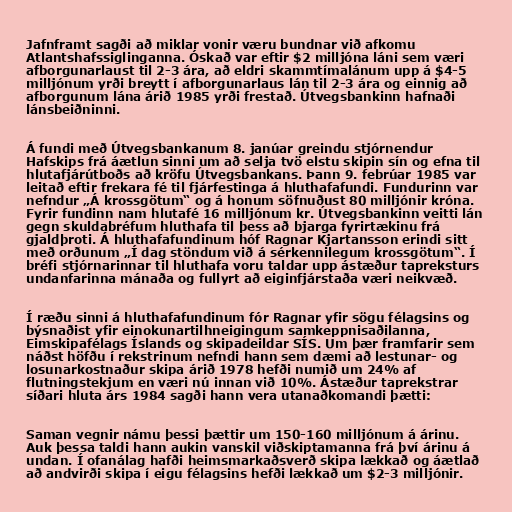
Jafnframt sagði að miklar vonir væru bundnar við afkomu
Atlantshafssiglinganna. Óskað var eftir $2 milljóna láni sem væri
afborgunarlaust til 2-3 ára, að eldri skammtímalánum upp á $4-5
milljónum yrði breytt í afborgunarlaus lán til 2-3 ára og einnig að
afborgunum lána árið 1985 yrði frestað. Útvegsbankinn hafnaði
lánsbeiðninni.

Á fundi með Útvegsbankanum 8. janúar greindu stjórnendur
Hafskips frá áætlun sinni um að selja tvö elstu skipin sín og efna til
hlutafjárútboðs að kröfu Útvegsbankans. Þann 9. febrúar 1985 var
leitað eftir frekara fé til fjárfestinga á hluthafafundi. Fundurinn var
nefndur „Á krossgötum“ og á honum söfnuðust 80 milljónir króna.
Fyrir fundinn nam hlutafé 16 milljónum kr. Útvegsbankinn veitti lán
gegn skuldabréfum hluthafa til þess að bjarga fyrirtækinu frá
gjaldþroti. Á hluthafafundinum hóf Ragnar Kjartansson erindi sitt
með orðunum „Í dag stöndum við á sérkennilegum krossgötum“. Í
bréfi stjórnarinnar til hluthafa voru taldar upp ástæður tapreksturs
undanfarinna mánaða og fullyrt að eiginfjárstaða væri neikvæð.

Í ræðu sinni á hluthafafundinum fór Ragnar yfir sögu félagsins og
býsnaðist yfir einokunartilhneigingum samkeppnisaðilanna,
Eimskipafélags Íslands og skipadeildar SÍS. Um þær framfarir sem
náðst höfðu í rekstrinum nefndi hann sem dæmi að lestunar- og
losunarkostnaður skipa árið 1978 hefði numið um 24% af
flutningstekjum en væri nú innan við 10%. Ástæður taprekstrar
síðari hluta árs 1984 sagði hann vera utanaðkomandi þætti:

Saman vegnir námu þessi þættir um 150-160 milljónum á árinu.
Auk þessa taldi hann aukin vanskil viðskiptamanna frá því árinu á
undan. Í ofanálag hafði heimsmarkaðsverð skipa lækkað og áætlað
að andvirði skipa í eigu félagsins hefði lækkað um $2-3 milljónir.